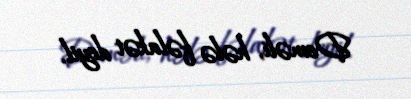
Deməli, hələ fəlakət deyil.